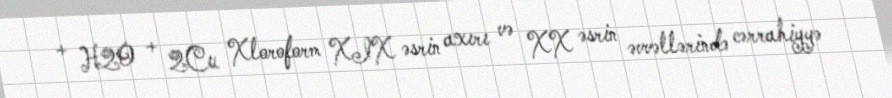
+ H2O + 2Cu Xloroform XIX əsrin axırı və XX əsrin əvvəllərində cərrahiyyə